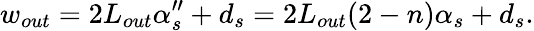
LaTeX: w_{out}=2L_{out}\alpha_{s}^{\prime\prime}+d_{s}=2L_{out}(2-n)\alpha_{s}+d_{s}.